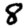
Digit: 8